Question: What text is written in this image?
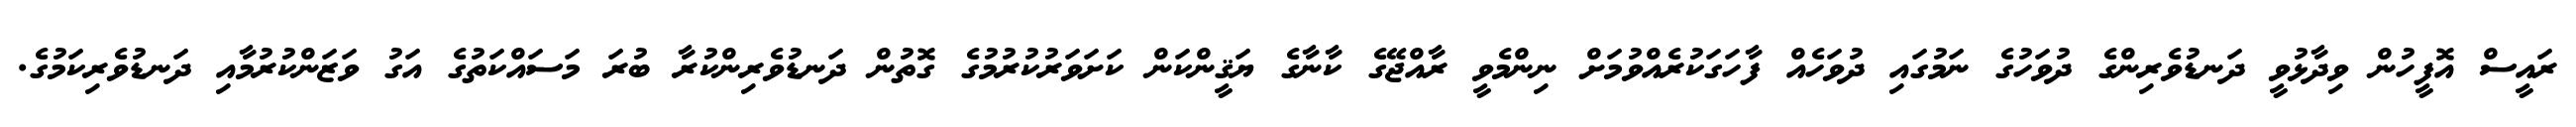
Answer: ރައީސް އޮފީހުން ވިދާޅުވީ ދަނޑުވެރިންގެ ދުވަހުގެ ނަމުގައި ދުވަހެއް ފާހަގަކުރެއްވުމަށް ނިންމެވީ ރާއްޖޭގެ ކާނާގެ ޔަޤީންކަން ކަށަވަރުކުރުމުގެ ގޮތުން ދަނޑުވެރިންކުރާ ބުރަ މަސައްކަތުގެ އަގު ވަޒަންކުރުމާއި ދަނޑުވެރިކަމުގެ.